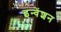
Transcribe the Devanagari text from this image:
इन्वेंशन